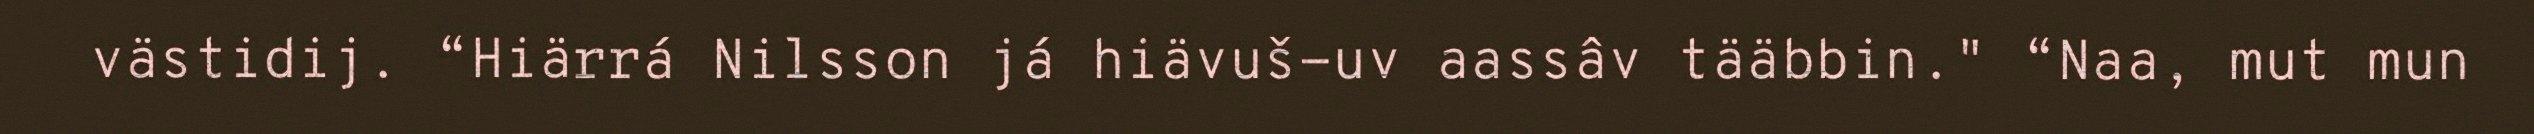
västidij. “Hiärrá Nilsson já hiävuš-uv aassâv tääbbin." “Naa, mut mun